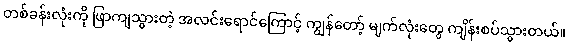
တစ်ခန်းလုံးကို ဖြာကျသွားတဲ့ အလင်းရောင်ကြောင့် ကျွန်တော့် မျက်လုံးတွေ ကျိန်းစပ်သွားတယ်။